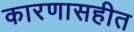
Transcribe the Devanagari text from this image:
कारणासहीत